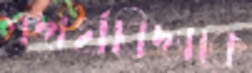
পদার্থবিদ্যাকে